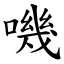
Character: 嘰